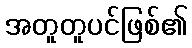
အတူတူပင်ဖြစ်၏